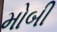
મોબી